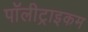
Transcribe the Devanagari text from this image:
पॉलीट्राइकम